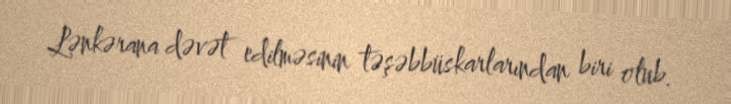
Lənkərana dəvət edilməsinin təşəbbüskarlarından biri olub.